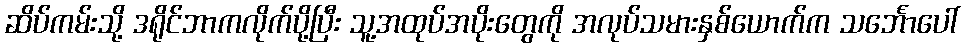
ဆိပ်ကမ်းသို့ ဒရိုင်ဘာကလိုက်ပို့ပြီး သူ့အထုပ်အပိုးတွေကို အလုပ်သမားနှစ်ယောက်က သင်္ဘောပေါ်